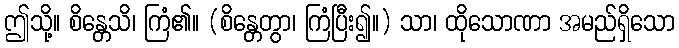
ဤသို့။ စိန္တေသိ၊ ကြံ၏။ (စိန္တေတွာ၊ ကြံပြီး၍။) သာ၊ ထိုသောဏာ အမည်ရှိသော